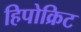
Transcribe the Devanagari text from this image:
हिपोक्रिट